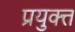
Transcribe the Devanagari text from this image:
प्रयुक्त्त